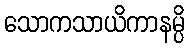
သောကသာယိကာနမ္ပိ